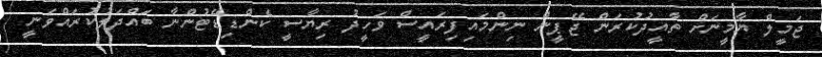
ޖަމީލް ޔާމީނަށް ތާއީދުކުރަން ޖޭޕީން ނިންމައިފިރައީސް ވަހީދު ރިޔާސީ ކެންޑިޑޭޓުންނާ ބައްދަލުކުރައްވަނީ